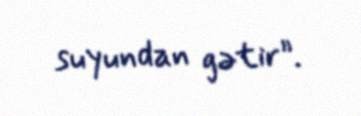
suyundan gətir”.